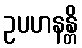
ဥပဟနန္တိ